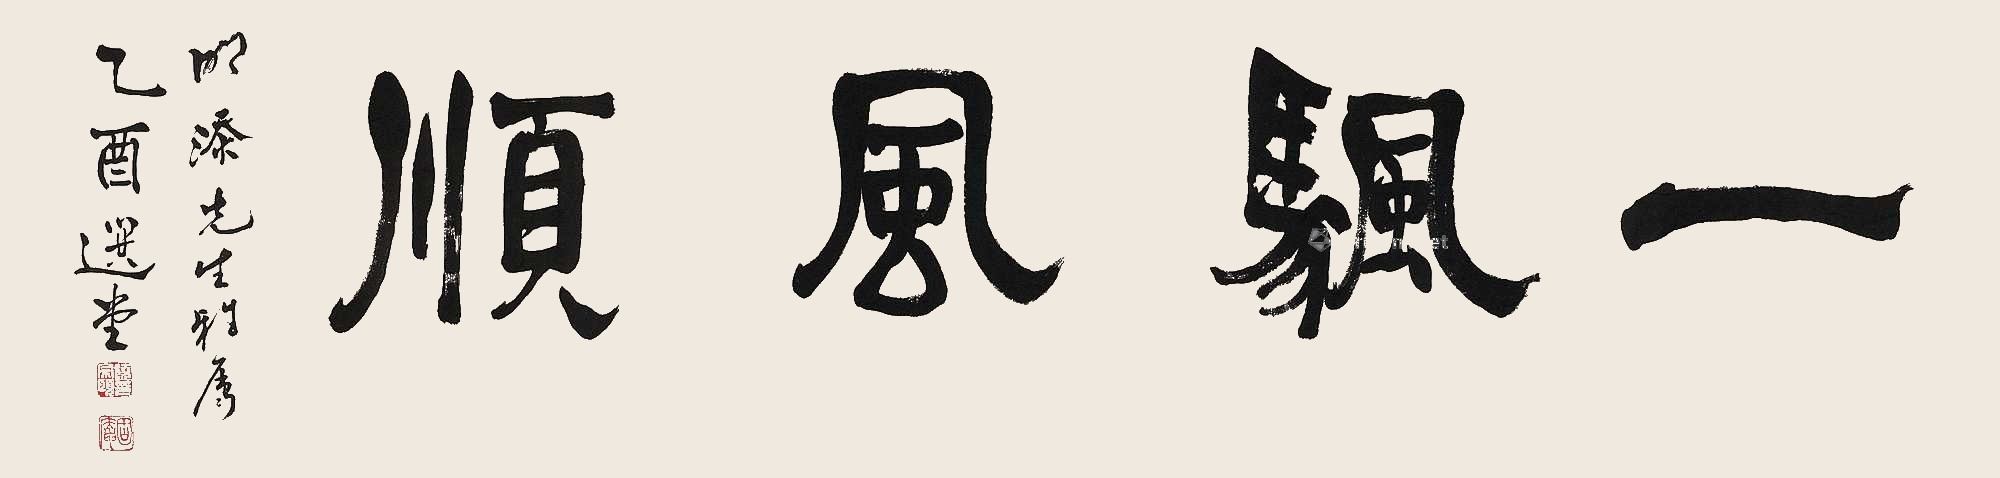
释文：一帆风顺。明添先生雅属。乙酉（2005年），选堂。